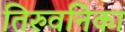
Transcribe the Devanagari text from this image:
तिरुवनिका